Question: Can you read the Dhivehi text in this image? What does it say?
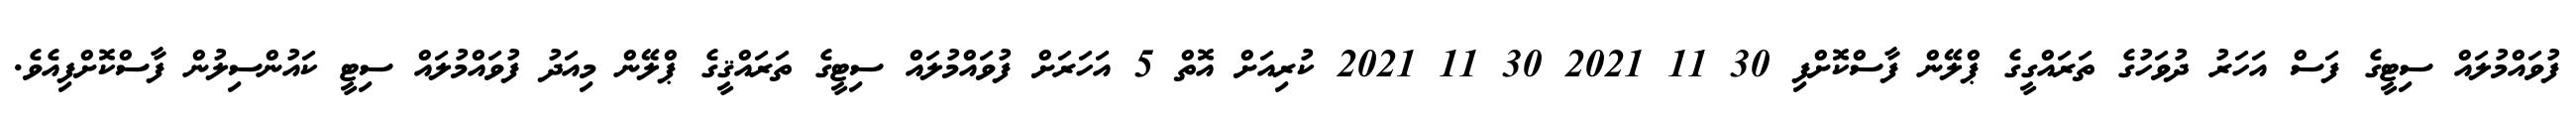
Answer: ފުވައްމުލައް ސިޓީގެ ފަސް އަހަރު ދުވަހުގެ ތަރައްގީގެ ޕްލޭން ފާސްކޮށްފި 30 11 2021 30 11 2021 ކުރިއަށް އޮތް 5 އަހަރަށް ފުވައްމުލައް ސިޓީގެ ތަރައްޤީގެ ޕްލޭން މިއަދު ފުވައްމުލައް ސިޓީ ކައުންސިލުން ފާސްކޮށްފިއެވެ.